Leaving Certificate Examination, 1918, 1918
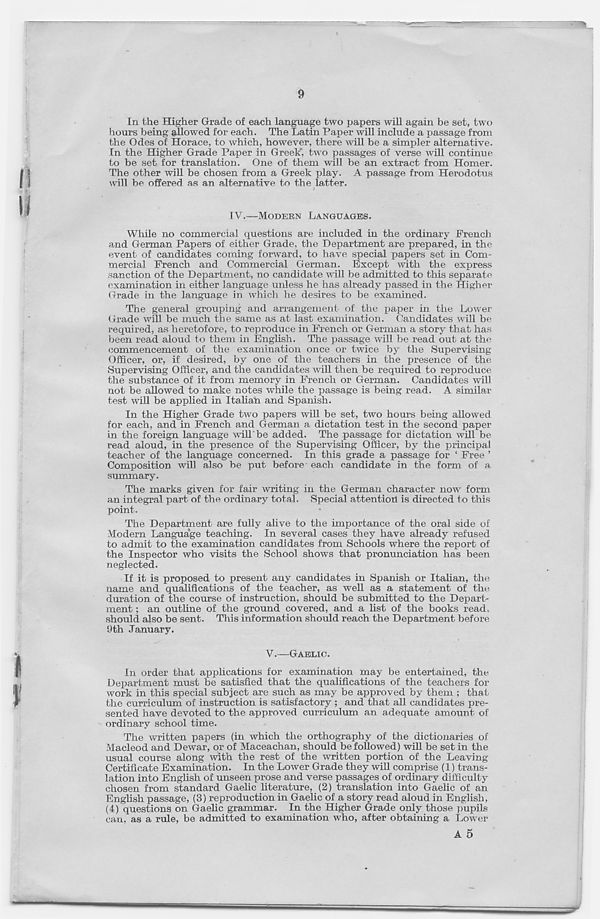
9
In the Higher Grade of each language two papers will again be set, two
hours being allowed for each. The Latin Paper will include a passage from
the Odes of Horace, to which, however, there will be a simpler alternative.
In the Higher Grade Paper in Greek", two passages of verse will continue',
to be set for translation. One of them will be an extract from Homer.
The other will be chosen from a Greek play. A passage from Herodotus
will be offered as an alternative to the latter.
IV.—MODERN LANGUAGES.
While no commercial questions are included in the ordinary French
and German Papers of either Grade, the Department are prepared, in the
event of candidates coming forward, to have special papers set in Com-
mercial French and Commercial German. Except with the express
sanction of the Department, no candidate will be admitted to this separate
examination in either language unless he has already passed in the Higher
(rrade in the language in which he desires to be examined.
The general grouping and arrangement of the paper in the Lower
Grade will be much the same as at last examination. Candidates will be
required, as heretofore, to reproduce in French or German a story that has
been read aloud to them in English. The passage will be read out at the
commencement of the examination once or twice by the Supervising
Officer, or, if desired, by one of the teachers in the presence of the
Supervising Officer, and the candidates will then be required to reproduce
the substance of it from memory in French or German. Candidates will
not be allowed to make notes while the passage is being read. A similar
test will be applied in Italian and Spanish.
In the Higher Grade two papers will be set, two hours being allowed
for each, and in French and German a dictation test in the second paper
in the foreign language will'be added. The passage for dictation will be
read aloud, in the presence of the Supervising Officer, by the principal
teacher of the language concerned. In this grade a passage for ‘ Free ’
Composition will also be put before- each candidate in the form of a
summary.
The marks given for fair writing in the German character now form
an integral part of the ordinary total. Special attention is directed to this
point.
The Department are fully alive to the importance of the oral side of
Modern Language teaching. In several cases they have already refused
to admit to the examination candidates from Schools where the report of
the Inspector who visits the School shows that pronunciation has been
neglected.
If it is proposed to present any candidates in Spanish or Italian, the
name and qualifications of the teacher, as well as a statement of the
duration of the course of instruction, should be submitted to the Depart-
ment ; an outline of the ground covered, and a list of the books read,
should also be sent. This information should reach the Department before
9th January.
V.—GAELIC.
In order that applications for examination may be entertained, the
Department must be satisfied that the qualifications of the teachers for
work in this special subject are such as may be approved by them ; that
the curriculum of instruction is satisfactory ; and that all candidates pre-
sented have devoted to the approved curriculum an adequate amount of
ordinary school time.
The written papers (in which the orthography of the dictionaries of
Macleod and Dewar, or of Maceachan, should be followed) will be set in the
usual course along with the rest of the written portion of the Leaving
Certificate Examination. In the Lower Grade they will comprise (1) trans-
lation into English of unseen prose and verse passages of ordinary difficulty
chosen from standard Gaelic literature, (2) translation into Gaelic of an
English passage, (3) reproduction in Gaelic of a story read aloud in English,
(4) questions on Gaelic grammar. In the Higher Grade only those pupils
can, as a rule, be admitted to examination who, after obtaining a Lower
A 5